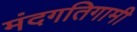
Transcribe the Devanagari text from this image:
मंदगतिगामी